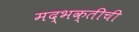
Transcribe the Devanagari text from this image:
मद्भक्तीची